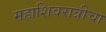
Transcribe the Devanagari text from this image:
महाशिवरात्रीचा